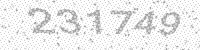
Solution: 231749